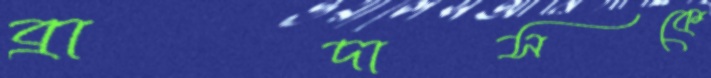
ব্রাদাসকে